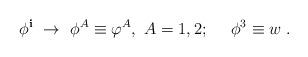
LaTeX: \begin{align*} \phi^{\bf{i}} \ \rightarrow \ \phi^A \equiv \varphi^A,\ A=1,2; \quad \ \phi^3 \equiv w\;.\end{align*}